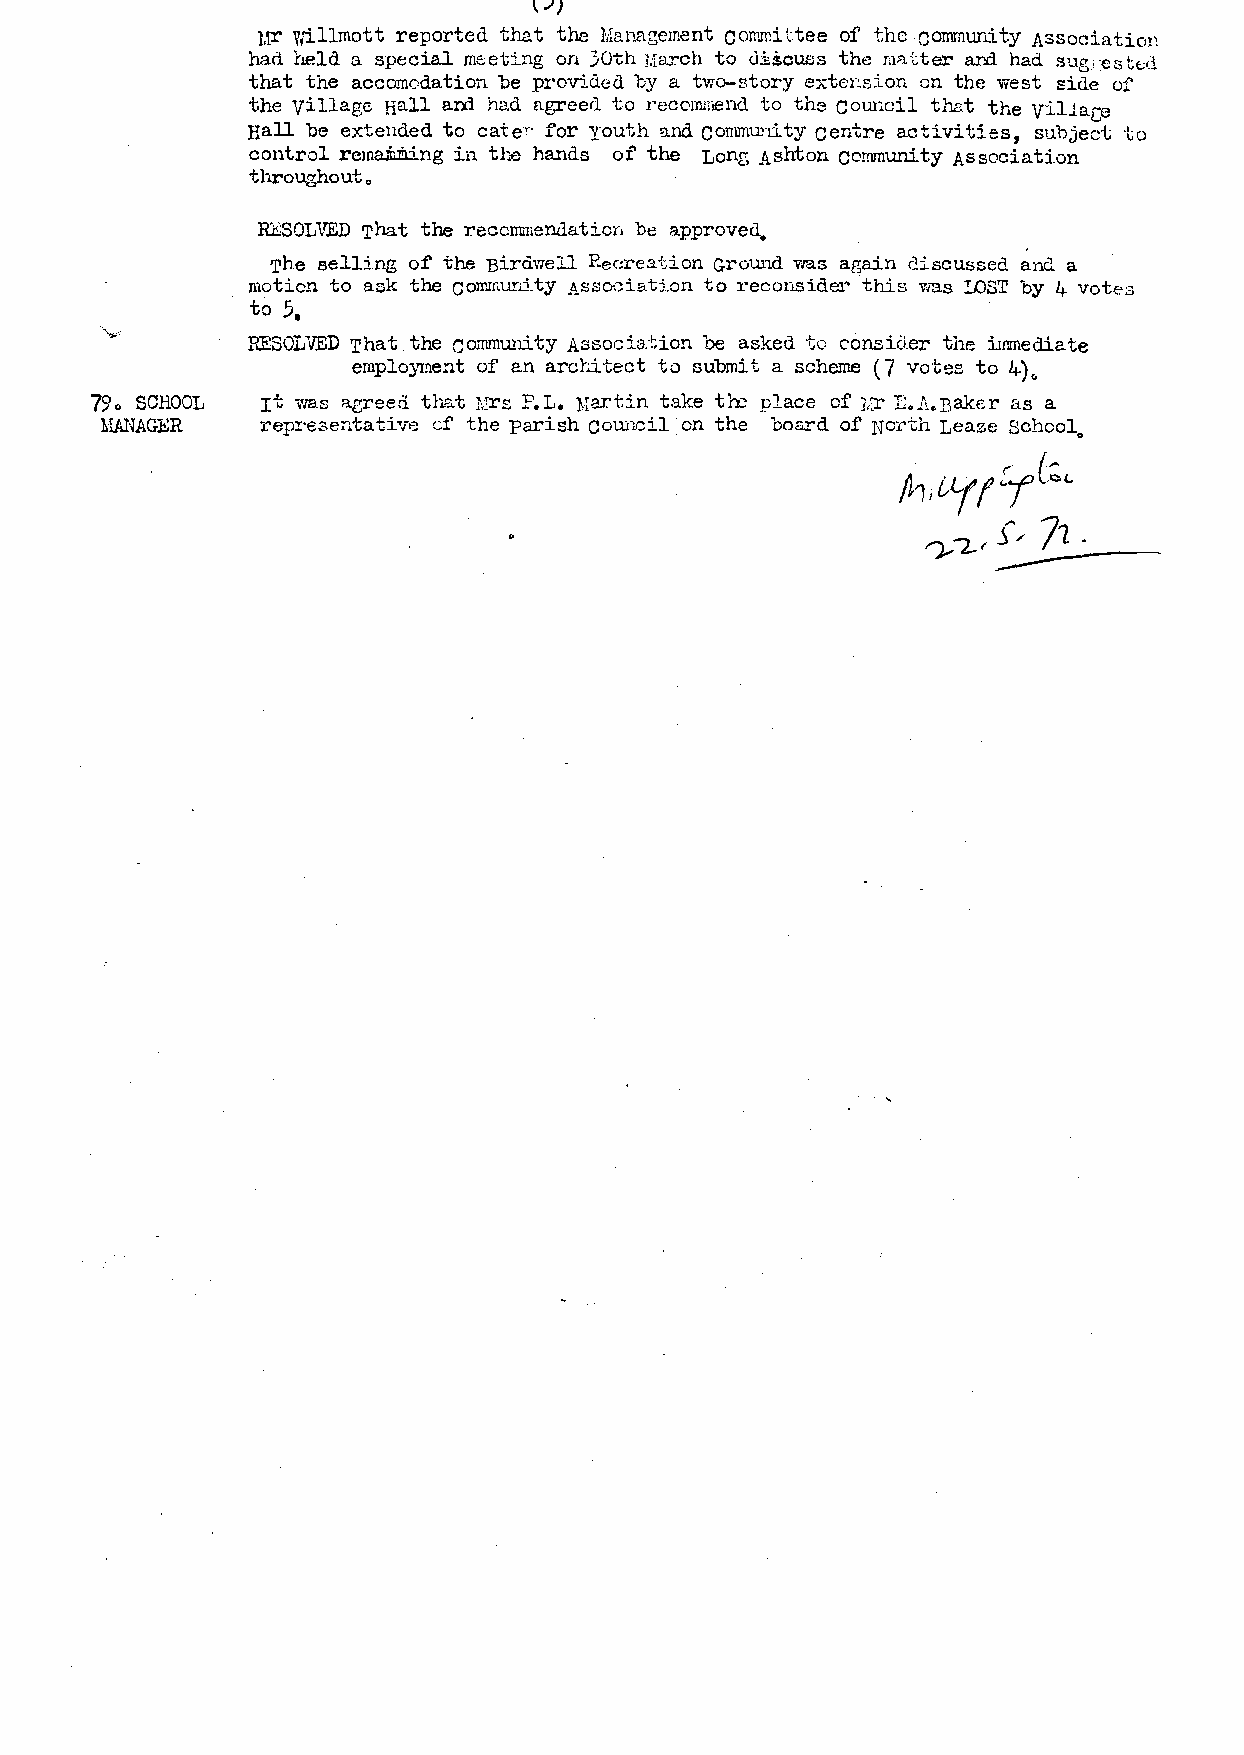
~.))
 ur Willmott reported that the Management commi aee of the cornmuni ty Association
 had held a special meeting on 30th 11[arch to di.icuss the ra::i.tter a.n:l had sug,:ei,t1c;d
 that the accomc,dation be provided by a two-story extcnsior, on the west side of
 the Village Hall am had ngreerl to recommend to the com.cil ths.t the yillace
 Hall be extended to cater• for youth and community centre activities, subject to
 control remailing in the hands of' the Lonr, Ashton community Associati.on
 throughout.
 RESOLVEDT hat the reccnm1endaticn be approved.
 The selling of the Birdwell Recre::i.tion Ground ,ras again discussed and a
 motion to ask the coirJm.m . i.ty ll,SsociB.tion to reconsider this was LOST by 4 votes
 to 5.
 P.ESOLVEDT hat the community Associs:tion be asked to consio.er the :iJnmedia.te
 employment of an arctitect to submit a scheme ( 7 votes to 4)~
 79. SCHOOL rt was agreed tha.t 1.rrs P.L. },lartin take t~ place of 1,:r LA.Baker as a
 MANAGER    repr•e3entative cf the parish council en the board of North Leaze school
 0